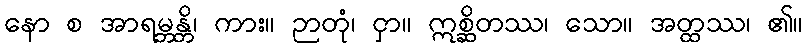
နော စ အာရမ္ဘန္တိ၊ ကား။ ဉာတုံ၊ ငှာ။ ဣစ္ဆိတဿ၊ သော။ အတ္ထဿ၊ ၏။